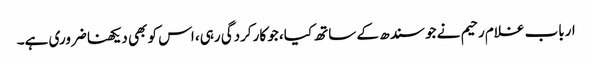
ارباب غلام رحیم نے جو سندھ کے ساتھ کیا، جو کارکردگی رہی، اس کو بھی دیکھنا ضروری ہے۔